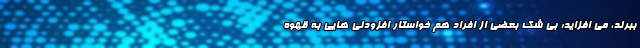
ببرند، می افزاید: بی شک بعضی از افراد هم خواستار افزودنی هایی به قهوه